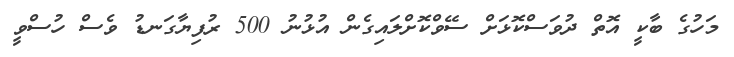
މަހުގެ ބާކީ އޮތް ދުވަސްކޮޅަށް ސޭވްކޮށްލައިގެން އުޅުނު 500 ރުފިޔާގަނޑު ވެސް ހުސްވީ